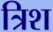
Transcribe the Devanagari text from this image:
त्रिश